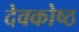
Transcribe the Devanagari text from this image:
देवकोष्ठ